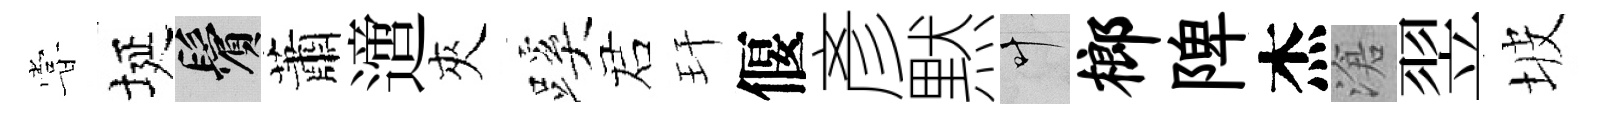
甞埏鬢蕭𨗁夾蹊诺玕偃彥黙叶榔陴杰滄翌坡